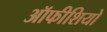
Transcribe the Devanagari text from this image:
ऑफीशियो